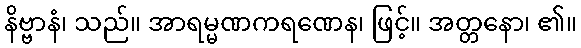
နိဗ္ဗာနံ၊ သည်။ အာရမ္မဏကရဏေန၊ ဖြင့်။ အတ္တနော၊ ၏။